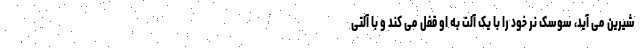
شیرین می آید، سوسک نر خود را با یک آلت به او قفل می کند و با آلتی